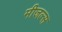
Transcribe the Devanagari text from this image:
मीजल्स